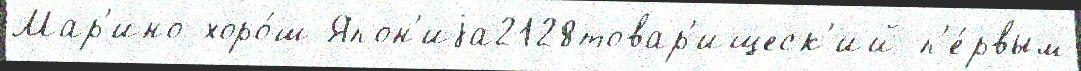
Мар'ино хоро́ш Япон'иjа2128товар'ищеск'ий п'е́рвым